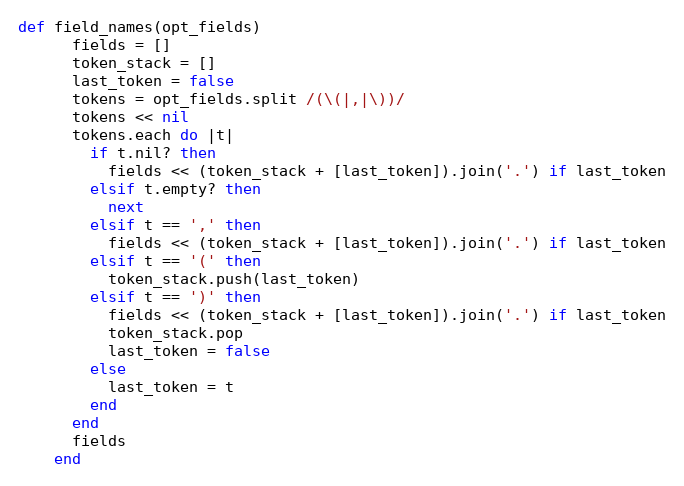
Language: Ruby
def field_names(opt_fields)
      fields = []
      token_stack = []
      last_token = false
      tokens = opt_fields.split /(\(|,|\))/
      tokens << nil
      tokens.each do |t|
        if t.nil? then
          fields << (token_stack + [last_token]).join('.') if last_token
        elsif t.empty? then
          next
        elsif t == ',' then
          fields << (token_stack + [last_token]).join('.') if last_token
        elsif t == '(' then
          token_stack.push(last_token)
        elsif t == ')' then
          fields << (token_stack + [last_token]).join('.') if last_token
          token_stack.pop
          last_token = false
        else
          last_token = t
        end
      end
      fields
    end